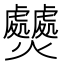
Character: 𤓤